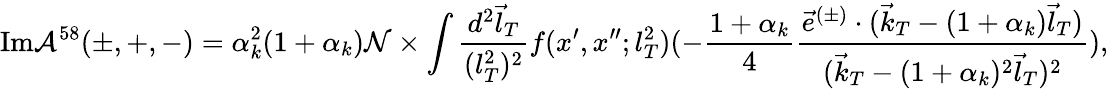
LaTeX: \mathrm{Im}{\cal A}^{58}(\pm,+,-)=\alpha_{k}^{2}(1+\alpha_{k}){\cal N}\times\int\frac{d^{2}\vec{l}_{T}}{(l_{T}^{2})^{2}}f(x^{\prime},x^{\prime\prime};l_{T}^{2})(-\frac{1+\alpha_{k}}{4}\frac{\vec{e}^{(\pm)}\cdot(\vec{k}_{T}-(1+\alpha_{k})\vec{l}_{T})}{(\vec{k}_{T}-(1+\alpha_{k})^{2}\vec{l}_{T})^{2}}),